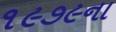
૧૯૭૯ના